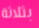
بثلاثة